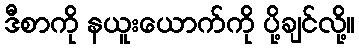
ဒီစာကို နယူးယောက်ကို ပို့ချင်လို့။